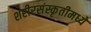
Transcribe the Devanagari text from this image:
शरीरसंस्कृतीमध्ये